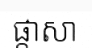
ផ្តាសា